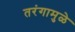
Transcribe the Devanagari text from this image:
तरंगामुळे